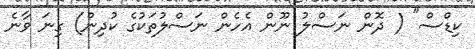
ކިޑްސް" ( ދޮން ނަސްލު ނޫން އެހެން ނަސްލުތަކުގެ ކުދިން) ގިނަ ވާނެ